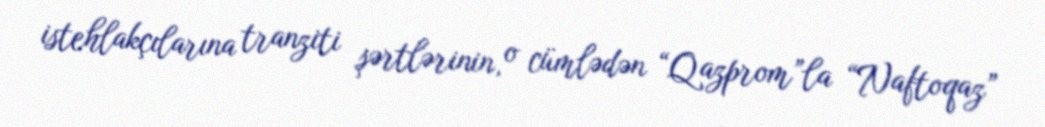
istehlakçılarına tranziti şərtlərinin, o cümlədən “Qazprom”la “Naftoqaz”